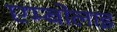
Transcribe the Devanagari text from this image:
एम्बोलाइ